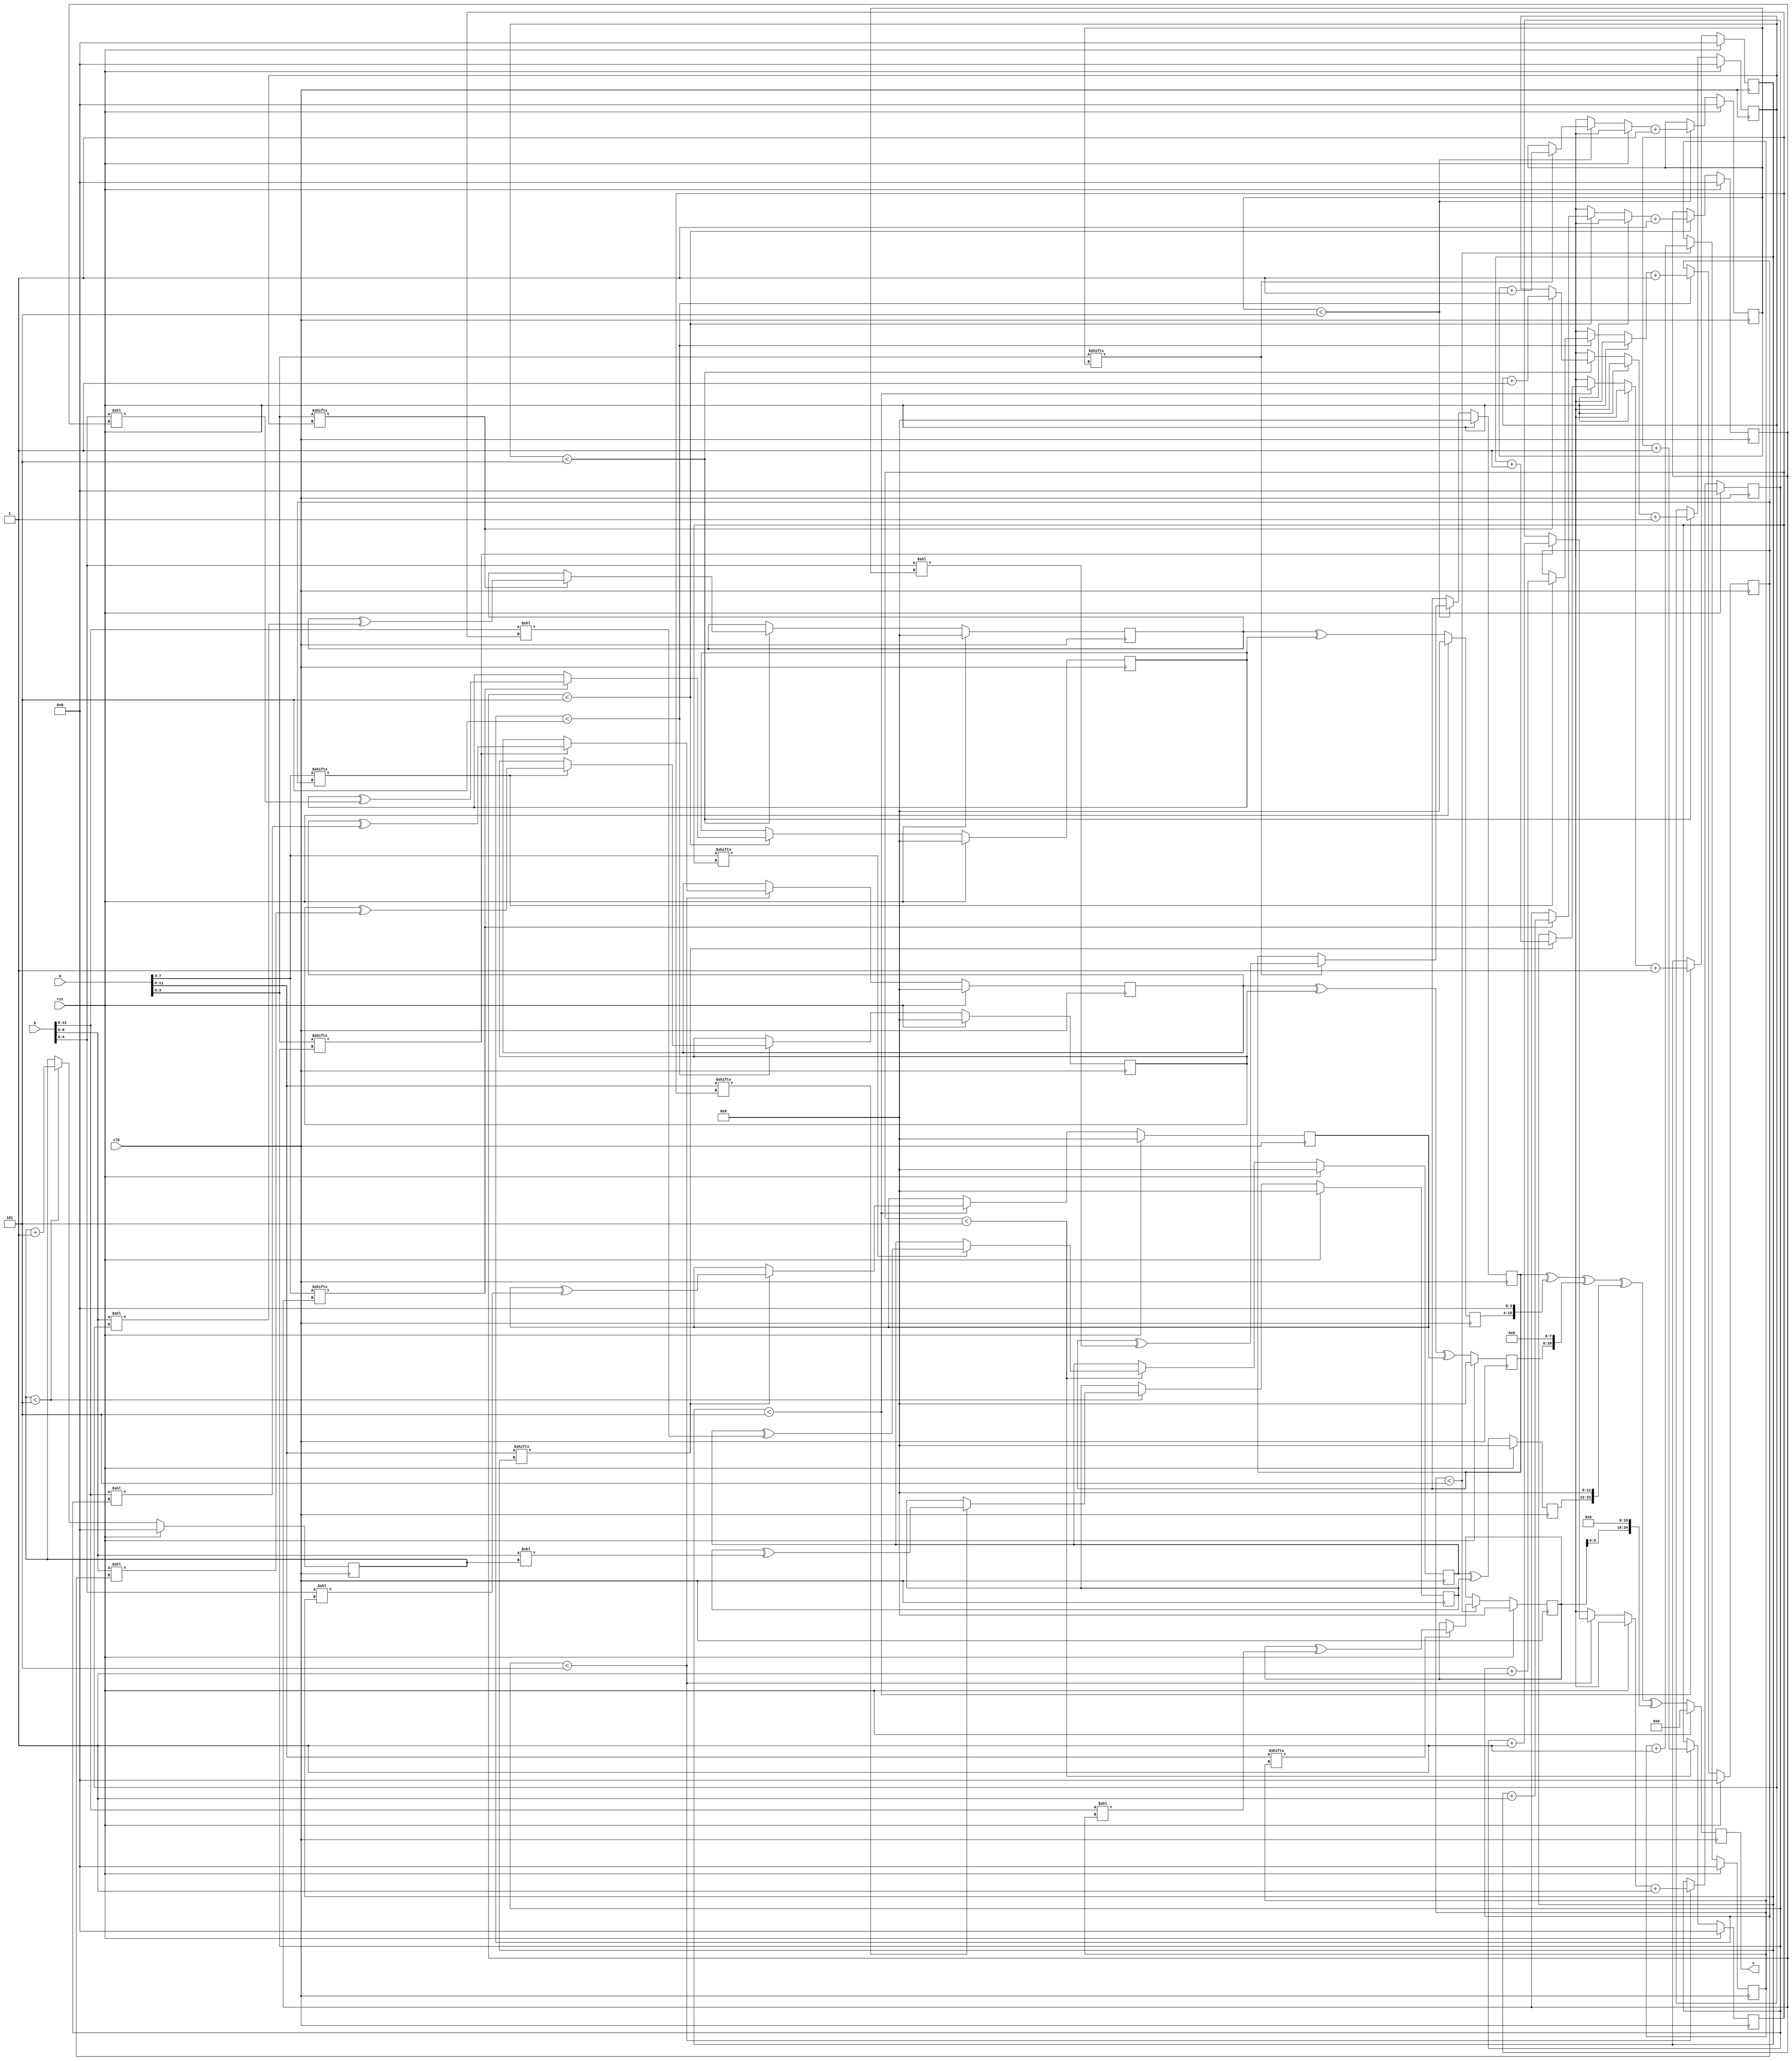
// TalTech large integer multiplier library
// Multiplier type: three_way_toom_cook
// Parameters: 12 13 1
// Target tool: genus
// Here, we split the input operands into three equal sizes12
module three_way_toom_cook(clk, rst, a, b, c);
input clk;
input rst;
input [11:0] a;
input [12:0] b;
output reg [24:0] c;

// Pipeline register declaration 
// no pipeline vars
// Wires declaration 
wire  [3:0] a0;
wire  [3:0] a1;
wire  [3:0] a2;
wire  [4:0] b0;
wire  [3:0] b1;
wire  [3:0] b2;

// Registers declaration 
reg  [3:0] counter_d;
reg  [3:0] counter_e1;
reg  [3:0] counter_e2;
reg  [3:0] counter_f1;
reg  [3:0] counter_f2;
reg  [3:0] counter_f3;
reg  [3:0] counter_g1;
reg  [3:0] counter_g2;
reg  [3:0] counter_h;
reg  [11:0] d;
reg  [11:0] e1_mul;
reg  [11:0] e2_mul;
reg  [11:0] e;
reg  [11:0] f1_mul;
reg  [11:0] f2_mul;
reg  [11:0] f3_mul;
reg  [11:0] f;
reg  [11:0] g1_mul;
reg  [11:0] g2_mul;
reg  [11:0] g;
reg  [11:0] h;
reg  [24:0] temp;

// Initial assignments to wires
assign a0 = a[3:0];
assign a1 = a[7:4];
assign a2 = a[11:8];
assign b0 = b[4:0];
assign b1 = b[8:5];
assign b2 = b[12:9];

// Step-1 of 3-Way TCM Multiplier
always @(posedge clk) begin
	if (rst) begin
		d <= 12'd0;
		counter_d <= 4'd0;
	end
	else if (counter_d < 5) begin
		if (a2[counter_d] == 1'b1) begin
			d <= d ^ (b2 << counter_d);
			counter_d <= counter_d + 1;
		end
		counter_d <= counter_d + 1;
	end
end

// Step-2 (Part-1) of 3-Way TCM Multiplier
always @(posedge clk) begin
	if (rst) begin
		e1_mul <= 12'd0;
		counter_e1 <= 4'd0;
	end
	else if (counter_e1 < 5) begin
		if (a1[counter_e1] == 1'b1) begin
			e1_mul <= e1_mul ^ (b2 << counter_e1);
			counter_e1 <= counter_e1 + 1;
		end
		counter_e1 <= counter_e1 + 1;
	end
end

// Step-2 (Part-2) of 3-Way TCM Multiplier
always @(posedge clk) begin
	if (rst) begin
		e2_mul <= 12'd0;
		counter_e2 <= 4'd0;
	end
	else if (counter_e2 < 5) begin
		if (a2[counter_e1] == 1'b1) begin
			e2_mul <= e2_mul ^ (b1 << counter_e2);
			counter_e2 <= counter_e2 + 1;
		end
		counter_e2 <= counter_e2 + 1;
	end
end

// Step-2 (Part-3) of 3-Way TCM Multiplier
always @(posedge clk) begin
	if (rst) begin
		e = 12'd0;
	end
	else begin
		e = e1_mul ^ e2_mul; 
	end
end

// Step-3 (Part-1) of 3-Way TCM Multiplier
always @(posedge clk) begin
	if (rst) begin
		f1_mul = 12'd0;
		counter_f1 = 4'd0;
	end
	else if (counter_f1 < 5) begin
		if (a0[counter_f1] == 1'b1) begin
			f1_mul = f1_mul ^ (b2 << counter_f1);
			counter_f1 = counter_f1 + 1;
		end
		counter_f1 = counter_f1 + 1;
	end
end

// Step-3 (Part-2) of 3-Way TCM Multiplier
always @(posedge clk) begin
	if (rst) begin
		f2_mul = 12'd0;
		counter_f2 = 4'd0;
	end
	else if (counter_f2 < 5) begin
		if (a1[counter_f2] == 1'b1) begin
			f2_mul = f2_mul ^ (b1 << counter_f2);
			counter_f2 = counter_f2 + 1;
		end
		counter_f2 = counter_f2 + 1;
	end
end

// Step-3 (Part-3) of 3-Way TCM Multiplier
always @(posedge clk) begin
	if (rst) begin
		f3_mul = 12'd0;
		counter_f3 = 4'd0;
	end
	else if (counter_f3 < 5) begin
		if (a2[counter_f3] == 1'b1) begin
			f3_mul = f3_mul ^ (b0 << counter_f3);
			counter_f3 = counter_f3 + 1;
		end
		counter_f3 = counter_f3 + 1;
	end
end

// Step-3 (Part-4) of 3-Way TCM Multiplier
always @(posedge clk) begin
	if (rst) begin
		f = 12'd0;
	end
	else begin
		f = f1_mul ^ f2_mul ^ f3_mul; 
	end
end

// Step-4 (Part-1) of 3-Way TCM Multiplier
always @(posedge clk) begin
	if (rst) begin
		g1_mul = 12'd0;
		counter_g1 = 4'd0;
	end
	else if (counter_g1 < 5) begin
		if (a0[counter_g1] == 1'b1) begin
			g1_mul = g1_mul ^ (b1 << counter_g1);
			counter_g1 = counter_g1 + 1;
		end
		counter_g1 = counter_g1 + 1;
	end
end

// Step-4 (Part-2) of 3-Way TCM Multiplier
always @(posedge clk) begin
	if (rst) begin
		g2_mul = 12'd0;
		counter_g2 = 4'd0;
	end
	else if (counter_g2 < 5) begin
		if (a1[counter_g2] == 1'b1) begin
			g2_mul = g2_mul ^ (b0 << counter_g2);
			counter_g2 = counter_g2 + 1;
		end
		counter_g2 = counter_g2 + 1;
	end
end

// Step-4 (Part-3) of 3-Way TCM Multiplier
always @(posedge clk) begin
	if (rst) begin
		g = 12'd0;
	end
	else begin
		g = g1_mul ^ g2_mul; 
	end
end

// Step-5 of 3-Way TCM Multiplier
always @(posedge clk) begin
	if (rst) begin
		h = 12'd0;
		counter_h = 4'd0;
	end
	else if (counter_h < 5) begin
		if (a0[counter_h] == 1'b1) begin
			h = h ^ (b0 << counter_h);
			counter_h = counter_h + 1;
		end
	counter_h = counter_h + 1;
	end
end

// Step-6 of 3-Way TCM Multiplier
always @(posedge clk) begin
	if (rst) begin
		temp = 25'd0;
		c = 25'd0;
	end
	else begin
		temp = h;
		temp = temp ^ (g << 4);
		temp = temp ^ (f << 8);
		temp = temp ^ (e << 12);
		temp = temp ^ (d << 16);
		c = temp;
	end
end
endmodule